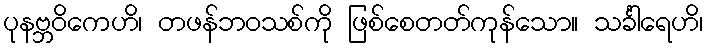
ပုနဗ္ဘဝိကေဟိ၊ တဖန်ဘဝသစ်ကို ဖြစ်စေတတ်ကုန်သော။ သင်္ခါရေဟိ၊